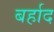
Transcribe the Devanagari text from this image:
बर्हाद